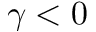
\gamma < 0